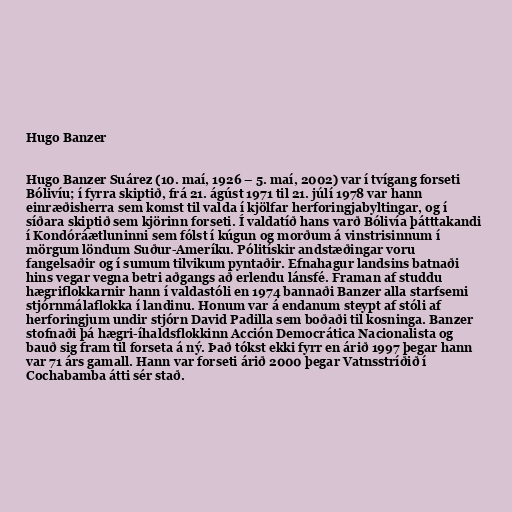
Hugo Banzer

Hugo Banzer Suárez (10. maí, 1926 – 5. maí, 2002) var í tvígang forseti
Bólivíu; í fyrra skiptið, frá 21. ágúst 1971 til 21. júlí 1978 var hann
einræðisherra sem komst til valda í kjölfar herforingjabyltingar, og í
síðara skiptið sem kjörinn forseti. Í valdatíð hans varð Bólivía þátttakandi
í Kondóráætluninni sem fólst í kúgun og morðum á vinstrisinnum í
mörgum löndum Suður-Ameríku. Pólitískir andstæðingar voru
fangelsaðir og í sumum tilvikum pyntaðir. Efnahagur landsins batnaði
hins vegar vegna betri aðgangs að erlendu lánsfé. Framan af studdu
hægriflokkarnir hann í valdastóli en 1974 bannaði Banzer alla starfsemi
stjórnmálaflokka í landinu. Honum var á endanum steypt af stóli af
herforingjum undir stjórn David Padilla sem boðaði til kosninga. Banzer
stofnaði þá hægri-íhaldsflokkinn Acción Democrática Nacionalista og
bauð sig fram til forseta á ný. Það tókst ekki fyrr en árið 1997 þegar hann
var 71 árs gamall. Hann var forseti árið 2000 þegar Vatnsstríðið í
Cochabamba átti sér stað.